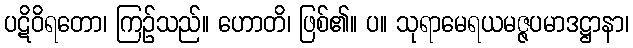
ပဋိဝိရတော၊ ကြဉ်သည်။ ဟောတိ၊ ဖြစ်၏။ ပ။ သုရာမေရယမဇ္ဇပမာဒဋ္ဌာနာ၊